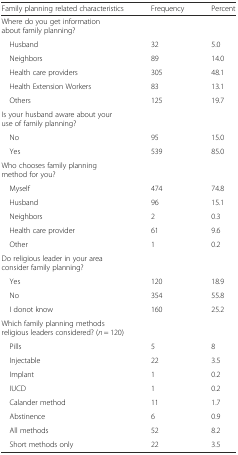
<table><thead><tr><td><b>Family planning related characteristics</b></td><td><b>Frequency</b></td><td><b>Percent</b></td></tr></thead><tbody><tr><td>Where do you get information about family planning?</td><td></td><td></td></tr><tr><td> Husband</td><td>32</td><td>5.0</td></tr><tr><td> Neighbors</td><td>89</td><td>14.0</td></tr><tr><td> Health care providers</td><td>305</td><td>48.1</td></tr><tr><td> Health Extension Workers</td><td>83</td><td>13.1</td></tr><tr><td> Others</td><td>125</td><td>19.7</td></tr><tr><td>Is your husband aware about your use of family planning?</td><td></td><td></td></tr><tr><td> No</td><td>95</td><td>15.0</td></tr><tr><td> Yes</td><td>539</td><td>85.0</td></tr><tr><td>Who chooses family planning method for you?</td><td></td><td></td></tr><tr><td> Myself</td><td>474</td><td>74.8</td></tr><tr><td> Husband</td><td>96</td><td>15.1</td></tr><tr><td> Neighbors</td><td>2</td><td>0.3</td></tr><tr><td> Health care provider</td><td>61</td><td>9.6</td></tr><tr><td> Other</td><td>1</td><td>0.2</td></tr><tr><td>Do religious leader in your area consider family planning?</td><td></td><td></td></tr><tr><td> Yes</td><td>120</td><td>18.9</td></tr><tr><td> No</td><td>354</td><td>55.8</td></tr><tr><td> I donot know</td><td>160</td><td>25.2</td></tr><tr><td>Which family planning methods religious leaders considered? (<i>n</i> = 120)</td><td></td><td></td></tr><tr><td> Pills</td><td>5</td><td>8</td></tr><tr><td> Injectable</td><td>22</td><td>3.5</td></tr><tr><td> Implant</td><td>1</td><td>0.2</td></tr><tr><td> IUCD</td><td>1</td><td>0.2</td></tr><tr><td> Calander method</td><td>11</td><td>1.7</td></tr><tr><td> Abstinence</td><td>6</td><td>0.9</td></tr><tr><td> All methods</td><td>52</td><td>8.2</td></tr><tr><td> Short methods only</td><td>22</td><td>3.5</td></tr></tbody></table>